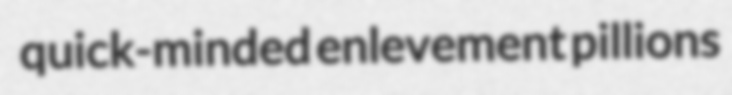
quick-minded enlevement pillions